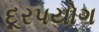
દૂરપયોગ